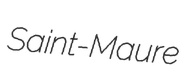
Saint-Maure